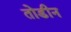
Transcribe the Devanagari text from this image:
तोडीन